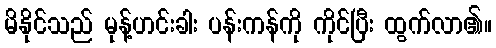
မိနိုင်သည် မုန့်ဟင်းခါး ပန်းကန်ကို ကိုင်ပြီး ထွက်လာ၏။